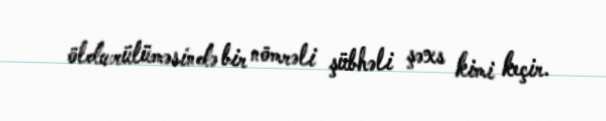
öldwrülüməsində bir nömrəli şübhəli şəxs kimi keçir.